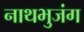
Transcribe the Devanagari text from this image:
नाथभुजंग